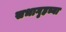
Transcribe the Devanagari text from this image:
सभागृहच्या